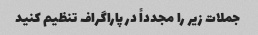
جملات زیر را مجدداً در پاراگراف تنظیم کنید